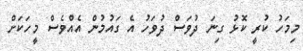
މިމަހު ކުރީ ކޮޅު ގިނަ ދުވަސް ދުވަހު އެ ގައުމުން އެއްވެސް މީހަކަށް